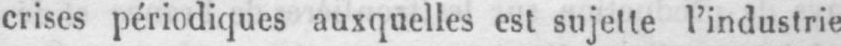
crises périodiques auxquelles est sujette l’industrie